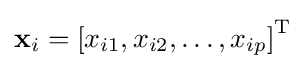
\mathbf {x} _{i}=\left[x_{i1},x_{i2},\dots ,x_{ip}\right]^{\operatorname {T} }